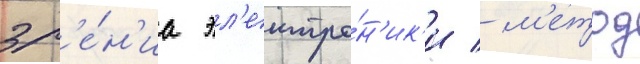
зр'е́н'иа эл'ектро́н'ик'и / м'етод